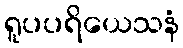
ရူပပရိယေသနံ